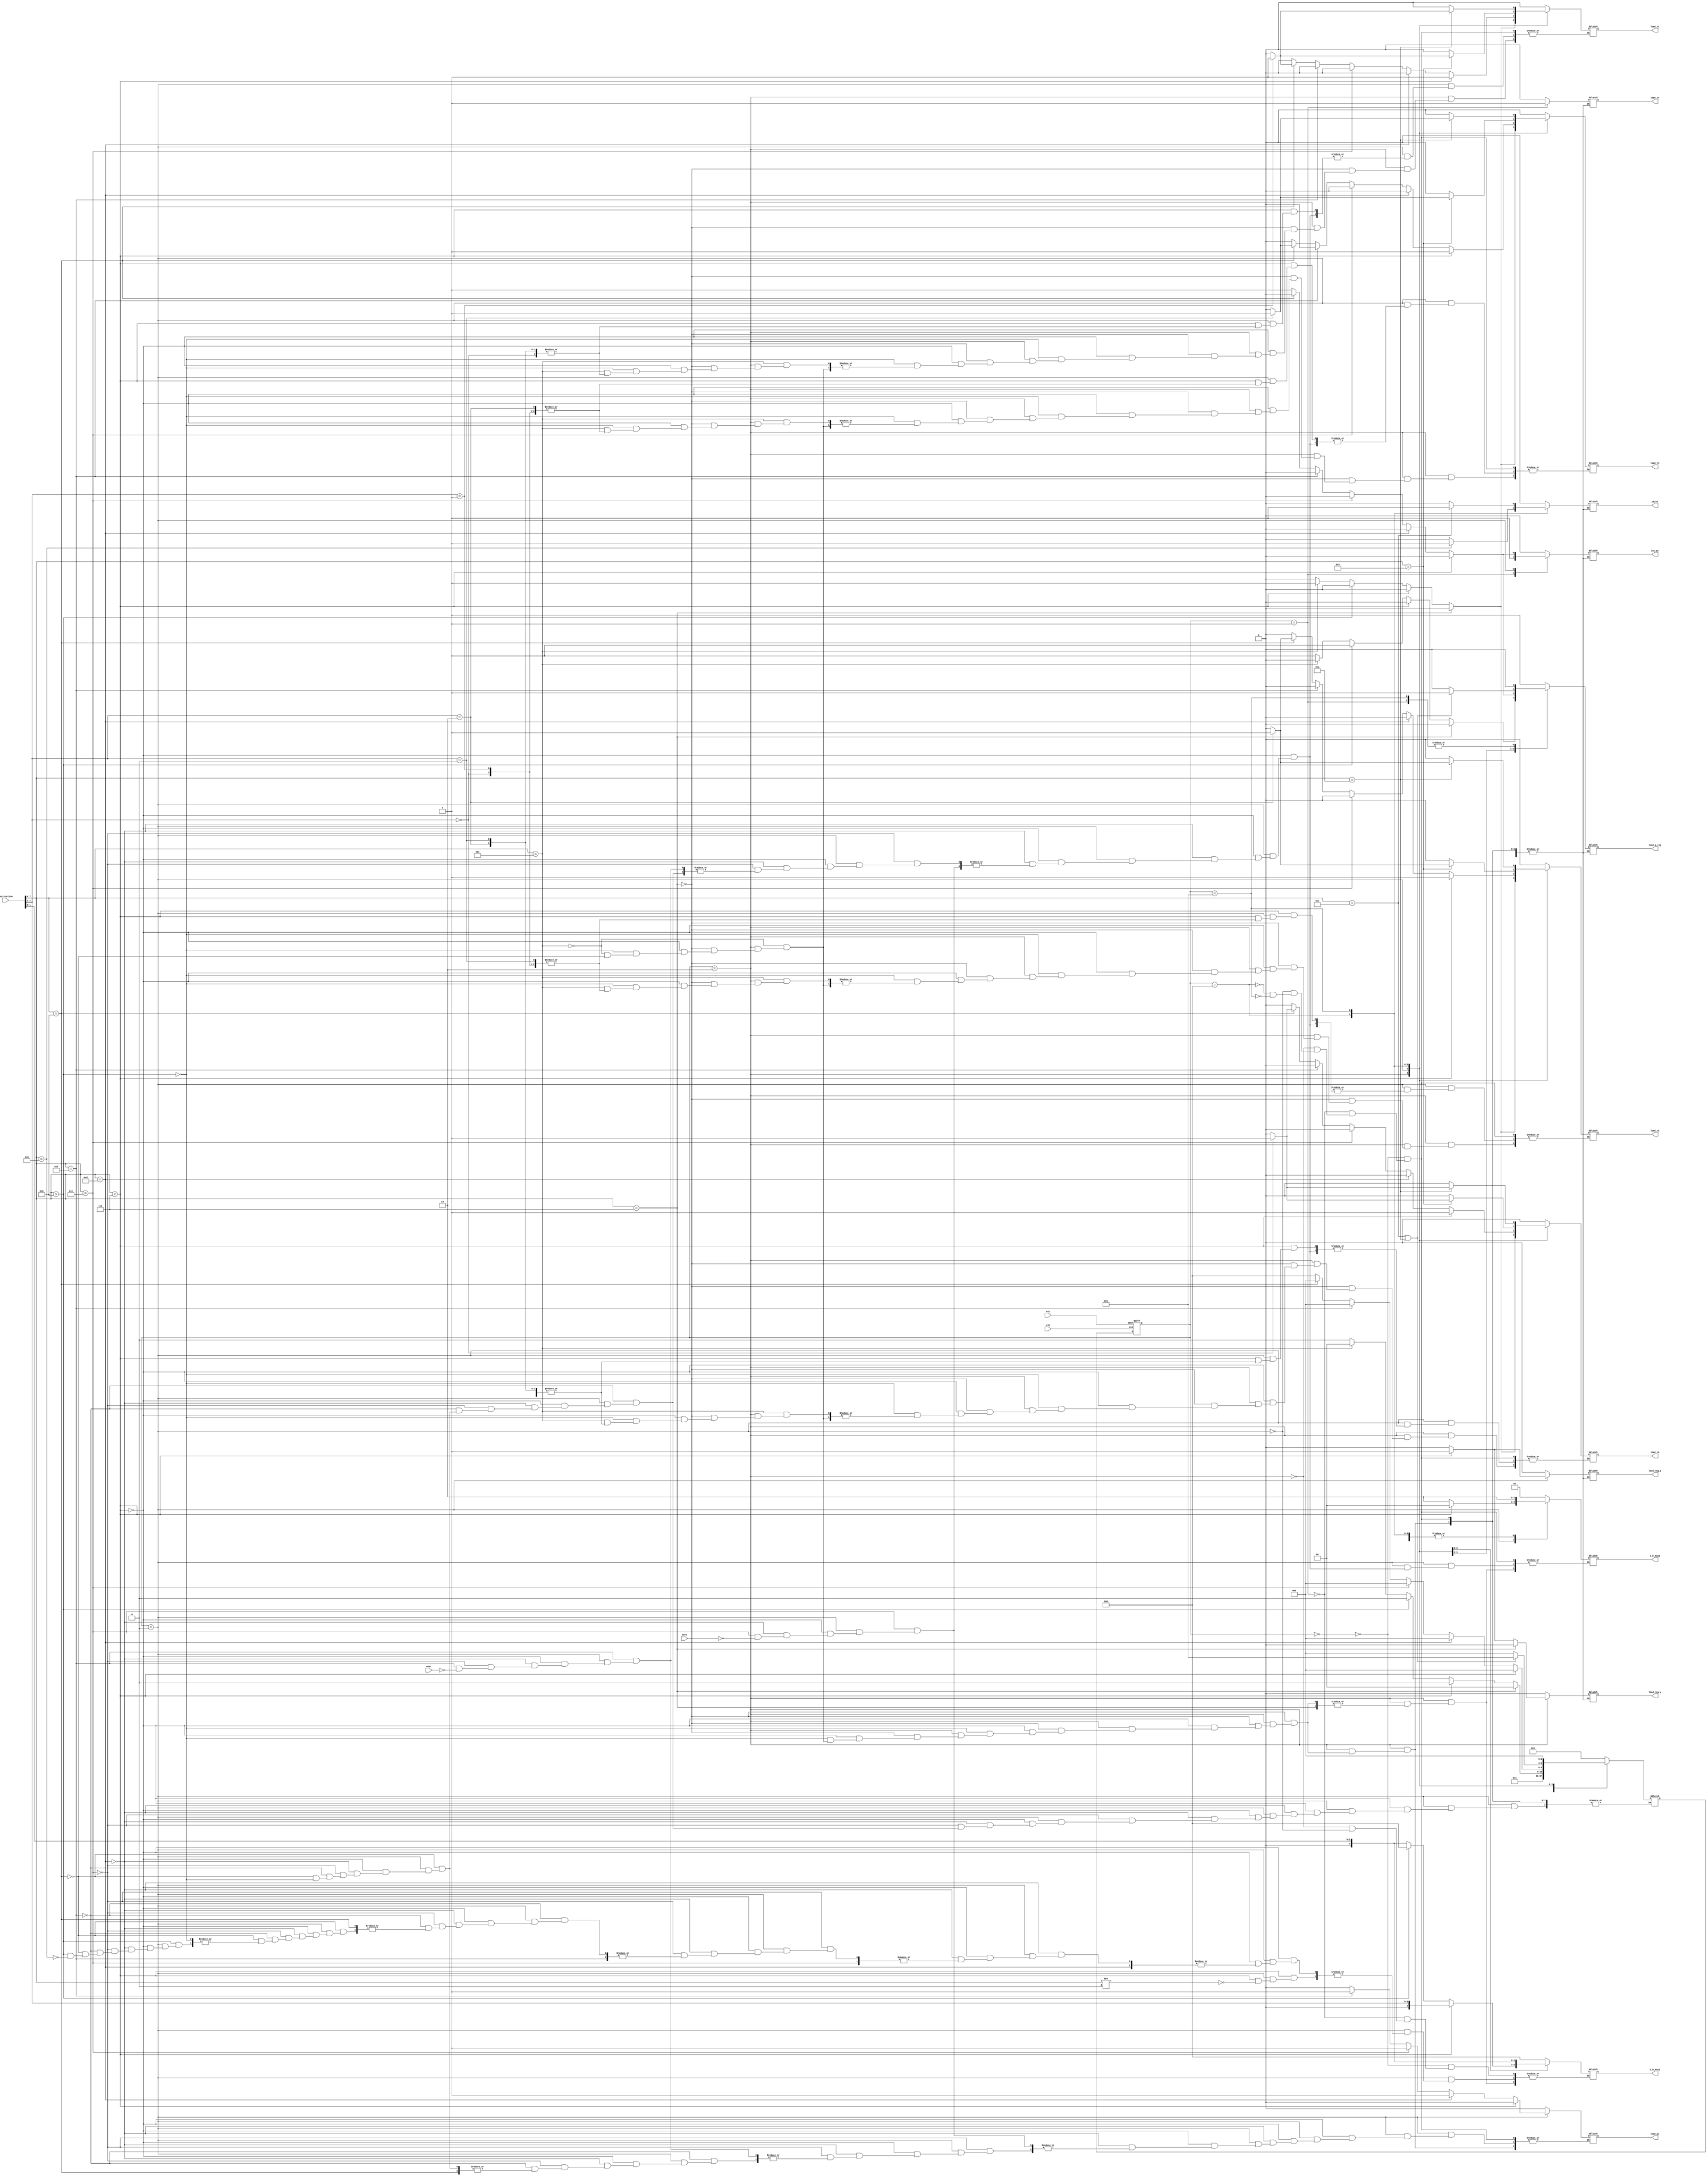
module controller(rst,clk,load_r0,load_r1,load_r2,load_r3,load_pc,inc_pc,s_b_mux1,load_ir,load_a_reg,load_reg_y,load_reg_z,s_b_mux2,write,instruction,zero,over);
	input rst,clk,zero,over;
	input [7:0] instruction;
	output reg load_r0,load_r1,load_r2,load_r3,load_pc,inc_pc,load_ir,load_a_reg,load_reg_y,load_reg_z,write;
	output reg [2:0] s_b_mux1;
	output reg [1:0] s_b_mux2;

	wire [3:0] opcode;
	wire [1:0] source,destination;
	reg [2:0] p_state,n_state;

	assign opcode=instruction[7:4];
	assign destination=instruction[3:2];
	assign source=instruction[1:0];

	parameter[2:0]fetch1=3'b000;
	parameter[2:0]fetch2=3'b001;
	parameter[2:0]decode=3'b010;
	parameter[2:0]execute_sb=3'b011;
	parameter[2:0]con1=3'b100;
	parameter[2:0]con2=3'b101;
	parameter[2:0]con3=3'b110;

	parameter [3:0]iadd=4'b0000;
	parameter [3:0]isub=4'b0001;
	parameter [3:0]iand=4'b0010;
	parameter [3:0]inot=4'b0011;
	parameter [3:0]ior=4'b0100;
	parameter [3:0]imul=4'b0101;
	parameter [3:0]inop=4'b0110;
	parameter [3:0]regd=4'b0111;
	parameter [3:0]regid=4'b1000;
	parameter [3:0]iread=4'b1001;
	parameter [3:0]ireadi=4'b1010;
	parameter [3:0]iwrite=4'b1011;
	parameter	[3:0]iwritei=4'b1100;
	parameter	[3:0]buc=4'b1101;
	parameter [3:0]biz=4'b1110;
	parameter [3:0]bio=4'b1111;

	always@(posedge clk or posedge rst)
	begin
		if(rst)
			p_state<=fetch1;
		else
			p_state<=n_state;
	end 

	always@(*)
	begin
		case(p_state)
			fetch1:
			begin
				load_r0=0;
				load_r1=0;
				load_r2=0;
				load_r3=0;
				load_pc=0;
				inc_pc=0;
				load_ir=0;
				load_a_reg=1;
				load_reg_y=0;
				load_reg_z=0;
				write=0;
				s_b_mux1=3'b100;
				s_b_mux2=2'b01;
				n_state=fetch2;
			end

			fetch2:
			begin
				load_r0=0;
				load_r1=0;
				load_r2=0;
				load_r3=0;
				load_pc=0;
				inc_pc=1;
				load_ir=1;
				load_a_reg=0;
				load_reg_y=0;
				load_reg_z=0;
				write=0;
				s_b_mux1=3'b100;
				s_b_mux2=2'b10;
				n_state=decode;
			end

			decode:
			begin
				if(opcode==inop)
				begin
					load_r0=0;
					load_r1=0;
					load_r2=0;
					load_r3=0;
					load_pc=0;
					inc_pc=0;
					load_ir=0;
					load_a_reg=0;
					load_reg_y=0;
					load_reg_z=0;
					write=0;
					n_state=fetch1;
				end
				else if (opcode<inop)
				begin
					s_b_mux1={1'b0,destination};
					load_r0=0;
					load_r1=0;
					load_r2=0;
					load_r3=0;
					load_pc=0;
					inc_pc=0;
					load_ir=0;
					load_a_reg=0;
					load_reg_y=1;
					load_reg_z=0;
					write=0;
					s_b_mux2=2'b01;
					n_state=execute_sb;
				end
				else if(opcode>4'b1000)
				begin
					load_r0=0;
					load_r1=0;
					load_r2=0;
					load_r3=0;
					load_pc=0;
					inc_pc=0;
					load_ir=0;
					load_a_reg=1;
					load_reg_y=0;
					load_reg_z=0;
					write=0;
					s_b_mux1=3'b100;
					s_b_mux2=2'b01;
					n_state=execute_sb;

				end
				else if(opcode==regd)
				begin
					case(destination)
						2'b00:load_r0=1;
						2'b01:load_r1=1;
						2'b10:load_r2=1;
						2'b11:load_r3=1;
					endcase
					load_pc=0;
					inc_pc=0;
					load_ir=0;
					load_a_reg=0;
					load_reg_y=0;
					load_reg_z=0;
					write=0;
					s_b_mux1={1'b0,source};
					s_b_mux2=2'b01;
					n_state=fetch1;
				end
				else if(opcode==regid)
				begin
					load_r0=0;
					load_r1=0;
					load_r2=0;
					load_r3=0;
					load_pc=0;
					inc_pc=0;
					load_ir=0;
					load_a_reg=1;
					load_reg_y=0;
					load_reg_z=0;
					write=0;
					s_b_mux1={1'b0,source};
					s_b_mux2=2'b01;
					n_state=execute_sb;
				end

			end

			execute_sb:
			begin
				if(opcode<inop)
				begin
					case(destination)
						2'b00:load_r0=1;
						2'b01:load_r1=1;
						2'b10:load_r2=1;
						2'b11:load_r3=1;
					endcase
					load_pc=0;
					inc_pc=0;
					load_ir=0;
					load_a_reg=0;
					load_reg_y=0;
					load_reg_z=1;
					write=0;
					if(opcode!=inot)
					begin
						s_b_mux1={1'b0,source};
					end
					s_b_mux2=2'b00;
					n_state=fetch1;
				end

				else if(opcode==buc)
				begin
					load_r0=0;
					load_r1=0;
					load_r2=0;
					load_r3=0;
					load_pc=1;
					inc_pc=0;
					load_ir=0;
					load_a_reg=0;
					load_reg_y=0;
					load_reg_z=0;
					write=0;
					s_b_mux2=2'b10;
					n_state=fetch1;
				end

				else if(opcode==biz)
				begin

					if(zero==1)
					begin
						load_r0=0;
						load_r1=0;
						load_r2=0;
						load_r3=0;
						load_pc=1;
						inc_pc=0;
						load_ir=0;
						load_a_reg=0;
						load_reg_y=0;
						load_reg_z=0;
						write=0;
						s_b_mux2=2'b10;
					end
					n_state=fetch1;
				end
				
				else if(opcode==bio)
				begin

					if(over==1)
					begin
						load_r0=0;
						load_r1=0;
						load_r2=0;
						load_r3=0;
						load_pc=1;
						inc_pc=0;
						load_ir=0;
						load_a_reg=0;
						load_reg_y=0;
						load_reg_z=0;
						write=0;
						s_b_mux2=2'b10;
					end
					n_state=fetch1;
				end
				
				else if(opcode==regid)
				begin
					if(destination==2'b00)
						load_r0=1;
					else
						load_r0=0;
					if(destination==2'b01)
						load_r1=1;
					else
						load_r1=0;
					if(destination==2'b10)
						load_r2=1;
					else
						load_r2=0;
					if(destination==2'b11)
						load_r3=1;
					else
						load_r3=0;
					inc_pc=0;
					load_ir=0;
					load_a_reg=0;
					load_reg_y=0;
					load_reg_z=0;
					write=0;
					s_b_mux2=2'b10;
					n_state=fetch1;			
				end
				else if(opcode>4'b1000)
				begin
					load_r0=0;
					load_r1=0;
					load_r2=0;
					load_r3=0;				
					load_pc=0;
					inc_pc=1;
					load_ir=0;
					load_a_reg=1;
					load_reg_y=0;
					load_reg_z=0;
					write=0;
					if(opcode==iwrite)
					  s_b_mux1={1'b0,source};
					s_b_mux2=2'b10;
					n_state=con1;
				end
			end
			con1:
			begin
				if(opcode==iread)
				begin
					if(destination==2'b00)
						load_r0=1;
					else
						load_r0=0;
					if(destination==2'b01)
						load_r1=1;
					else
						load_r1=0;
					if(destination==2'b10)
						load_r2=1;
					else
						load_r2=0;
					if(destination==2'b11)
						load_r3=1;
					else
						load_r3=0;
				end
				else
				begin
					load_r0=0;
					load_r1=0;
					load_r2=0;
					load_r3=0;
				end	
				load_pc=0;
				inc_pc=0;
				load_ir=0;
				if(opcode==iwritei || opcode==ireadi)
				begin
					load_a_reg=1;
					n_state=con2;
				end	
				else
				begin
					load_a_reg=0;
					n_state=fetch1;
				end
				load_reg_y=0;
				load_reg_z=0;
				if(opcode==iwrite)
				  write=1;
				else
				  write=0;
				s_b_mux2=2'b10;
				
			end
			
			con2:
			begin
				if(opcode==ireadi)
				begin
					if(destination==2'b00)
						load_r0=1;
					else
						load_r0=0;
					if(destination==2'b01)
						load_r1=1;
					else
						load_r1=0;
					if(destination==2'b10)
						load_r2=1;
					else
						load_r2=0;
					if(destination==2'b11)
						load_r3=1;
					else
						load_r3=0;
				end
				else
				begin
					load_r0=0;
					load_r1=0;
					load_r2=0;
					load_r3=0;
				end	
				load_pc=0;
				inc_pc=0;
				load_ir=0;
				load_a_reg=0;
				n_state=fetch1;
				load_reg_y=0;
				load_reg_z=0;
				if(opcode==iwritei)
				  write=1;
				else
				  write=0;
				s_b_mux2=2'b10;
				
			end
		endcase
	end
endmodule